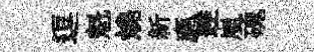
逗魁燒新應逹嵐磈